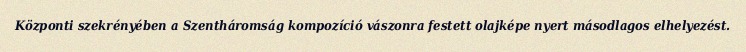
Központi szekrényében a Szentháromság kompozíció vászonra festett olajképe nyert másodlagos elhelyezést.